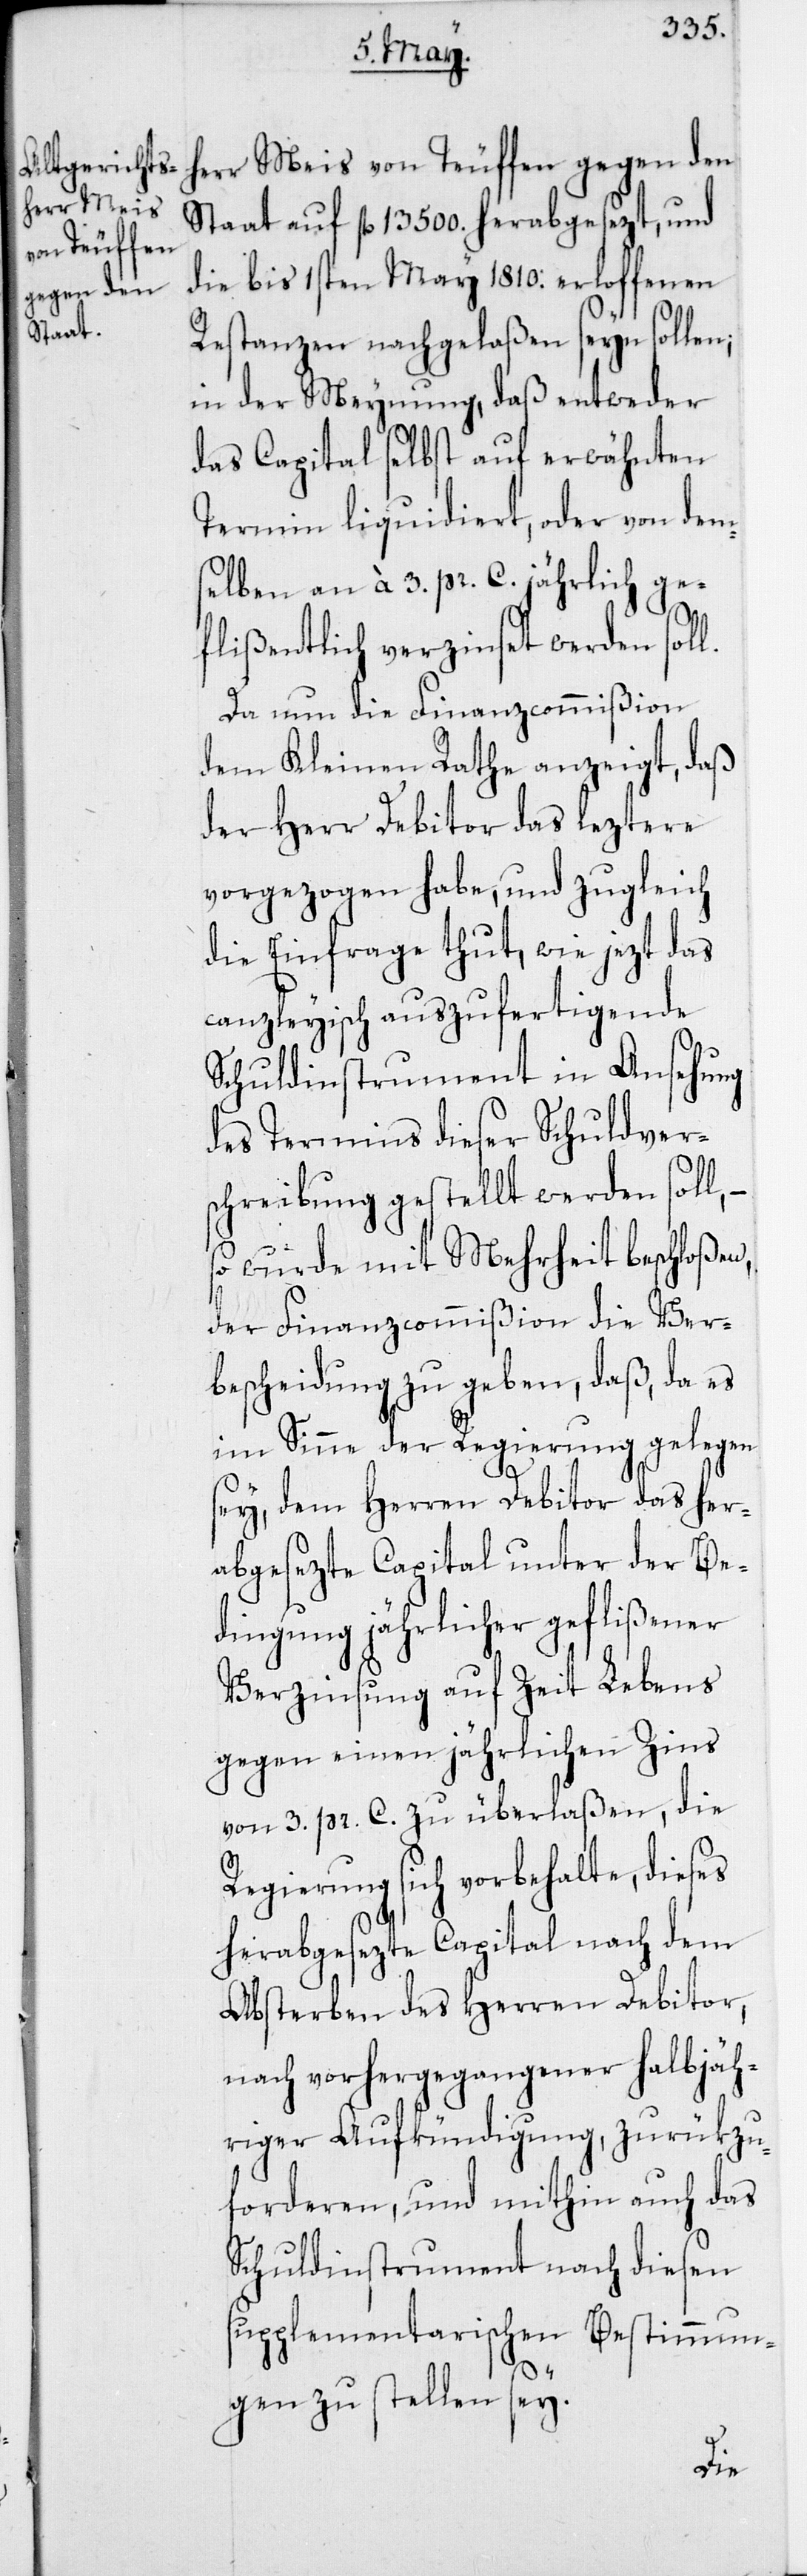
herr Meis
Staat auf fl. 13 500. herabgesezt, und
von Teuffen
die bis 1sten May 1810. erloffenen
gegen den
Restanzen nachgelaßen seyn sollen,
in der Meynung, daß entweder
das Capital selbst auf erwähnten
Termin liquidiert, oder von dem¬
selben an à 3. pr. C. jährlich ge¬
flißentlich verzinset werden soll.
Da nun die Finanzcommißion
dem Kleinen Rathe anzeigt, daß
der Herr Debitor das leztere
vorgezogen habe, und zugleich
die Einfrage thut, wie jezt das
canzleyisch auszufertigende
Schuldinstrument in Ansehung
des Termins dieser Schuldver¬
schreibung gestellt werden soll,
so wurde mit Mehrheit beschloßen,
der Finanzcommißion die Ver¬
bscheidung zu geben, daß, da es
im Sinne der Regierung gelegen
sey, dem Herren Debitor das her¬
abgesezte Capital unter der Be¬
dingung jährlicher geflißener
Verszinsung auf Zeit Lebens
gegen einen jährlichen Zins
von 3. pr. C. zu überlaßen, die
Regierung sich vorbehalte, dieses
herabgesezte Capital nach dem
Absterben des Herren Debitor,
nach vorhergegangener halbjäh¬
riger Aufkündigung, zurükzu¬
forderen, und mithin auch das
Schuldinstrument nach diesen
supplementarischen Bestimmun¬
gen zu stellen sey.